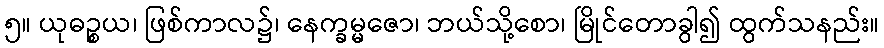
၅။ ယုဓဉ္စယ၊ ဖြစ်ကာလ၌၊ နေက္ခမ္မဇော၊ ဘယ်သို့စော၊ မြိုင်တောခွါ၍ ထွက်သနည်း။